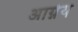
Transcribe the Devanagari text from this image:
अाग्नेय